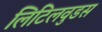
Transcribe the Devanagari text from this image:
लिटिलवुडस